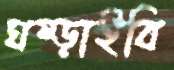
ঘষ্‌ড়াইবি